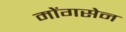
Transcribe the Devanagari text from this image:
मोंगसेन